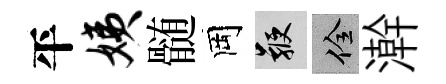
平姨髄岡鞭佺澣